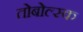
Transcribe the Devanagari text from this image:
तोबोल्स्क